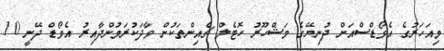
މިއަހަރުގެ އެވޯޑްސްއަށް ދުނިޔޭގެ މަޝްހޫރު ހޮޓެލް ޗެއިންތަކުން ވާދަކުރަމުންދާއިރު އެވޯޑް ދޭނީ 10